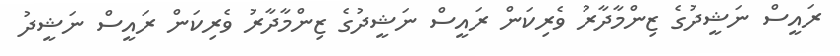
ރައީސް ނަޝީދުގެ ޒިންމާދާރު ވެރިކަން ރައީސް ނަޝީދުގެ ޒިންމާދާރު ވެރިކަން ރައީސް ނަޝީދު